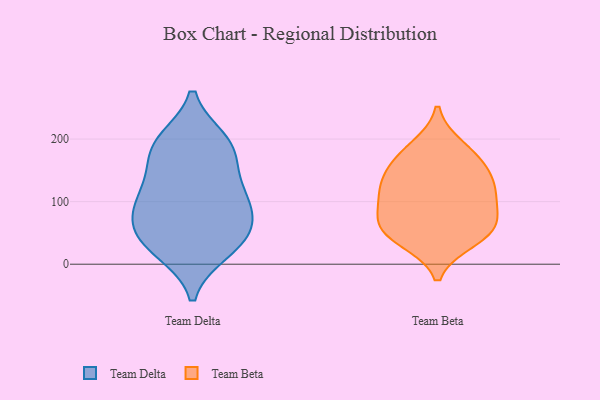
{"axis": {"x": "Temperature (°C)", "y": "Value"}, "legend": ["Team Beta", "Team Delta"], "data": [{"x": "", "y": 185, "type": "Team Delta"}, {"x": "", "y": 73, "type": "Team Delta"}, {"x": "", "y": 21, "type": "Team Delta"}, {"x": "", "y": 174, "type": "Team Delta"}, {"x": "", "y": 28, "type": "Team Delta"}, {"x": "", "y": 108, "type": "Team Delta"}, {"x": "", "y": 34, "type": "Team Delta"}, {"x": "", "y": 121, "type": "Team Delta"}, {"x": "", "y": 88, "type": "Team Delta"}, {"x": "", "y": 72, "type": "Team Delta"}, {"x": "", "y": 128, "type": "Team Delta"}, {"x": "", "y": 52, "type": "Team Delta"}, {"x": "", "y": 197, "type": "Team Delta"}, {"x": "", "y": 195, "type": "Team Delta"}, {"x": "", "y": 58, "type": "Team Beta"}, {"x": "", "y": 39, "type": "Team Beta"}, {"x": "", "y": 132, "type": "Team Beta"}, {"x": "", "y": 121, "type": "Team Beta"}, {"x": "", "y": 170, "type": "Team Beta"}, {"x": "", "y": 48, "type": "Team Beta"}, {"x": "", "y": 187, "type": "Team Beta"}, {"x": "", "y": 158, "type": "Team Beta"}, {"x": "", "y": 78, "type": "Team Beta"}, {"x": "", "y": 119, "type": "Team Beta"}, {"x": "", "y": 59, "type": "Team Beta"}, {"x": "", "y": 100, "type": "Team Beta"}]}